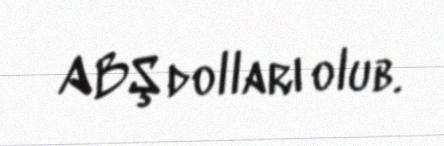
ABŞ dolları olub.